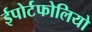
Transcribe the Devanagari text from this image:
ईपोर्टफोलियो